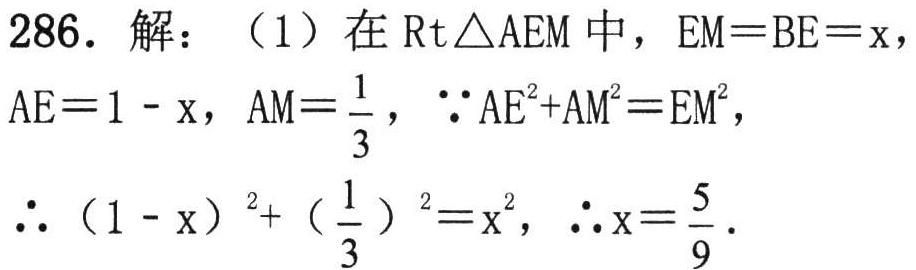
286. 解：（1）在\(\text{Rt}\triangle AEM\)中，\(EM = BE = x\)，\(AE = 1 - x\)，\(AM=\frac{1}{3}\)，\(\because AE^{2}+AM^{2}=EM^{2}\)，
\(\therefore (1 - x)^{2}+(\frac{1}{3})^{2}=x^{2}\)，\(\therefore x=\frac{5}{9}\)．